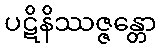
ပဋိနိဿဇ္ဇန္တော